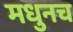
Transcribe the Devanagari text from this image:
मधुनच